Annual administration report of the Civil Veterinary Department of India - 1909-1910
Year: 1909
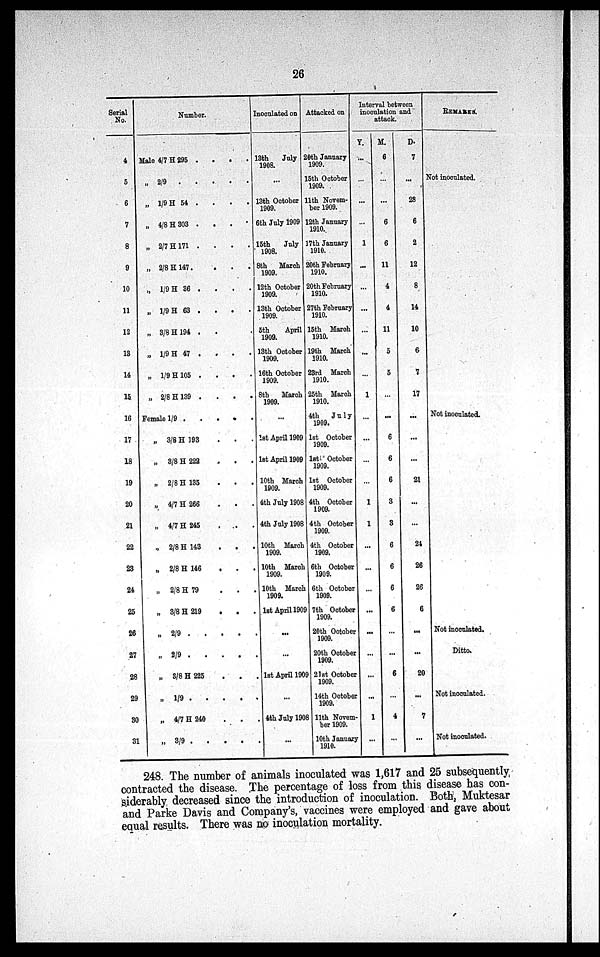
26
Serial
No.
4
5
6
7
8
9
10
11
12
13
14
15
16
17
18
19
20
21
22
23
24
25
26
27
28
29
30
31
Number.
Male 4/7 H 295 .
.
.
.
„ 2/9
.
.
.
.
.
„ 1/9 H 54 . . . .
„ 4/8 H 303
.
.
.
.
„ 2/7 H 171 .
.
.
.
„ 2/8 H 147. . . .
„ 1/9 H 36 . . . .
„ 1/9 H 63 .
.
. .
„ 3/8 H 194 . .
„ 1/9 H 47 . . . .
„ 1/9 H 105 .
.
.
.
„ 2/8 H 139 .
.
.
.
Female 1/9
.
.
.
.
.
„ 3/8 H 193 .
.
.
„ 3/8 H 222 . . .
„ 2/8 H 135 .
.
.
„ 4/7 H 266
.
.
.
„ 4/7 H 245
.
.
.
„ 2/8 H 143 .
.
.
„ 2/8 H 146 .
.
.
„ 2/8 H 79 . . .
„ 3/8 H 219
.
.
.
„ 2/9
.
.
.
.
.
„ 2/9 .
.
.
.
.
„ 3/8 H 225
.
.
.
„
1/9 . . . . .
„ 4/7 H 240 . . .
„ 3/9
.
.
.
.
.
Inoculated on
13th
July
1908.
...
13th October
1909.
6th July 1909
15th
July
1908.
8th
March
1909.
12th October
1909.
13th October
1909.
5th
April
1909.
13th October
1909.
16th October
1909.
8th
March
1909.
...
1st April 1909
1st April 1909
10th March
1909.
4th July 1908
4th July 1908
10th March
1909.
10th March
1909.
10th March
1909.
1st April 1909
...
...
1st April 1909
...
4th July 1908
...
Attacked on
20th January
1909.
15th October
1909.
11th Novem-
ber 1909.
12th January
1910.
17th January
1910.
20th February
1910.
20th February
1910.
27th February
1910.
15th March
1910.
19th March
1910.
23rd March
1910.
25th March
1910.
4th
July
1909.
1st October
1909.
1st October
1909.
1st October
1909.
4th October
1909.
4th October
1909.
4th October
1909.
6th October
1909.
6th October
1909.
7th October
1909.
20th October
1909.
20th October
1909.
21st October
1909.
14th October
1909.
11th Novem-
ber 1909.
10th January
1910.
Interval between
inoculation and
attack.
Y.
...
...
...
...
1
...
...
...
...
...
...
1
...
...
...
...
1
1
...
...
...
...
...
...
...
...
1
...
M.
6
...
...
6
6
11
4
4
11
5
5
...
...
6
6
6
3
3
6
6
6
6
...
...
6
...
4
...
D.
7
...
28
6
2
12
8
14
10
6
7
17
...
...
...
21
...
...
24
26
26
6
...
...
20
...
7
...
REMARKS.
Not inoculated.
Not inoculated.
Not inoculated.
Ditto.
Not inoculated.
Not inoculated.
248. The number of animals inoculated was 1,617 and 25 subsequently
contracted the disease. The percentage of loss from this disease has con-
siderably decreased since the introduction of inoculation. Both, Muktesar
and Parke Davis and Company's, vaccines were employed and gave about
equal results. There was no inoculation mortality.